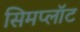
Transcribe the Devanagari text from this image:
सिमप्लॉट